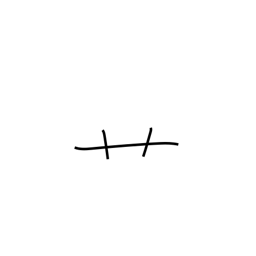
Meaning: radical number 140